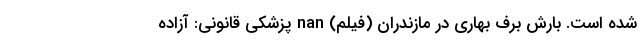
شده است. بارش برف بهاری در مازندران (فیلم) nan پزشکی قانونی: آزاده